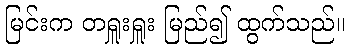
မြင်းက တရှူးရှူး မြည်၍ ထွက်သည်။